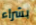
بشراء